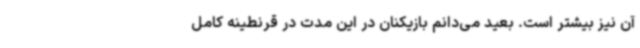
آن نیز بیشتر است. بعید می‌دانم بازیکنان در این مدت در قرنطینه کامل